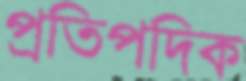
প্রতিপদিক